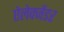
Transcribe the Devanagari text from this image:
ऐलेक्जेंडर